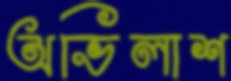
অভিলাশ